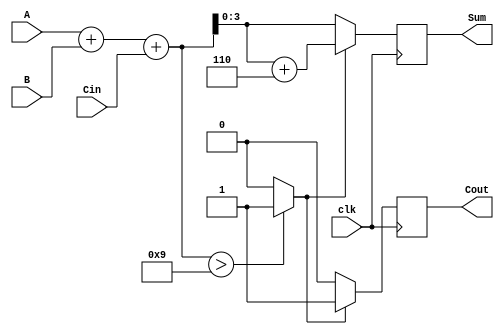
module BCD_Synchronous_Adder (
    input  wire [3:0] A,      // BCD input A
    input  wire [3:0] B,      // BCD input B
    input  wire Cin,          // Carry input
    input  wire clk,          // Clock signal
    output reg  [3:0] Sum,    // BCD output Sum
    output reg  Cout          // Carry output
);

    reg [4:0] RawSum;         // 5-bit signal to hold the raw sum
    reg Adjust;               // Signal to determine if adjustment is needed

    always @(posedge clk) begin
        // Step 1: Compute the raw sum
        RawSum = A + B + Cin;

        // Step 2: Check if adjustment is needed
        if (RawSum > 9) begin
            Adjust = 1'b1; // Adjustment needed
        end else begin
            Adjust = 1'b0; // No adjustment needed
        end

        // Step 3: Final BCD calculation
        if (Adjust) begin
            Sum = RawSum + 5'b0110; // Add 6 to convert to valid BCD
            Cout = 1'b1;             // Set carry out
        end else begin
            Sum = RawSum[3:0];      // Use raw sum directly
            Cout = 1'b0;             // No carry out
        end
    end

endmodule